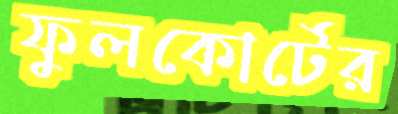
ফুলকোর্টের